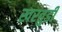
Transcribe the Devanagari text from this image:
खरतुडी